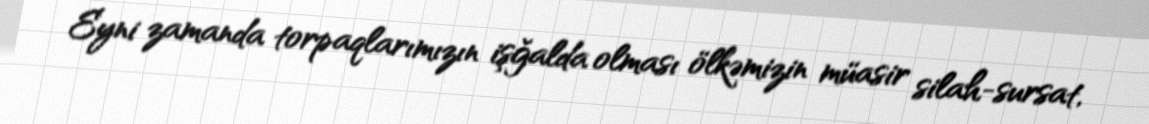
Eyni zamanda torpaqlarımızın işğalda olması ölkəmizin müasir silah-sursat,